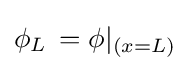
\phi _{L}\,=\phi |_{(x=L)}